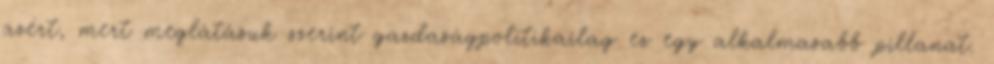
azért, mert meglátásuk szerint gazdaságpolitikailag ez egy alkalmasabb pillanat.